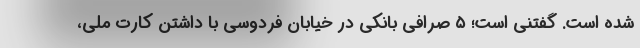
شده است. گفتنی است؛ ۵ صرافی بانکی در خیابان فردوسی با داشتن کارت ملی،